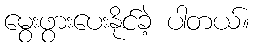
မွေးဖွားပေးနိုင်ခဲ့ ပါတယ်။